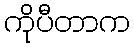
ကိုပီတာက